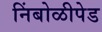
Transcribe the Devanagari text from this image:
निंबोळीपेड